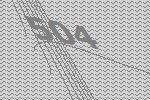
504